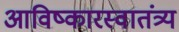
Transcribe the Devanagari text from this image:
आविष्कारस्वातंत्र्य